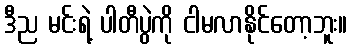
ဒီည မင်းရဲ့ ပါတီပွဲကို ငါမလာနိုင်တော့ဘူး။